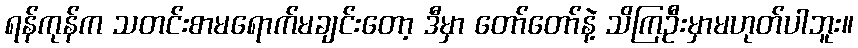
ရန်ကုန်က သတင်းစာမရောက်မချင်းတော့ ဒီမှာ တော်တော်နဲ့ သိကြဦးမှာမဟုတ်ပါဘူး။